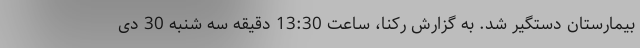
بیمارستان دستگیر شد. به گزارش رکنا، ساعت 13:30 دقیقه سه شنبه 30 دی